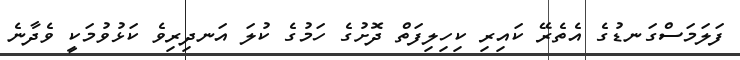
ފަލަމަސްގަނޑުގެ އެތެރޭ ކައިރި ކިހިލިފަތް ދޮށުގެ ހަމުގެ ކުލަ އަނދިރިވެ ކަޅުވުމަކީ ވެދާނެ